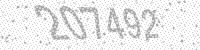
Solution: 207492